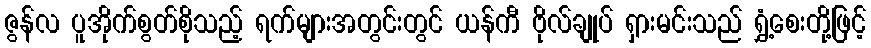
ဇွန်လ ပူအိုက်စွတ်စိုသည့် ရက်များအတွင်းတွင် ယန်ကီ ဗိုလ်ချုပ် ရှားမင်းသည် ရွှံ့စေးတို့ဖြင့်